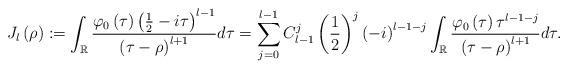
LaTeX: \begin{align*}J_{l}\left( \rho\right) :=\int_{\mathbb{R}}\frac{\varphi_{0}\left(\tau\right) \left( \frac{1}{2}-i\tau\right) ^{l-1}}{\left( \tau-\rho\right) ^{l+1}}d\tau =\sum_{j=0}^{l-1}C_{l-1}^{j}\left( \frac{1}{2}\right) ^{j}\left(-i\right) ^{l-1-j}\int_{\mathbb{R}}\frac{\varphi_{0}\left( \tau\right)\tau^{l-1-j}}{\left( \tau-\rho\right) ^{l+1}}d\tau.\end{align*}